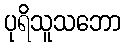
ပုရိသူသဘော